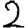
Digit: 2